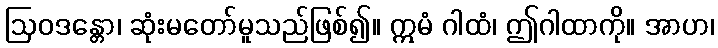
ဩဝဒန္တော၊ ဆုံးမတော်မူသည်ဖြစ်၍။ ဣမံ ဂါထံ၊ ဤဂါထာကို။ အာဟ၊